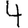
Digit: 4